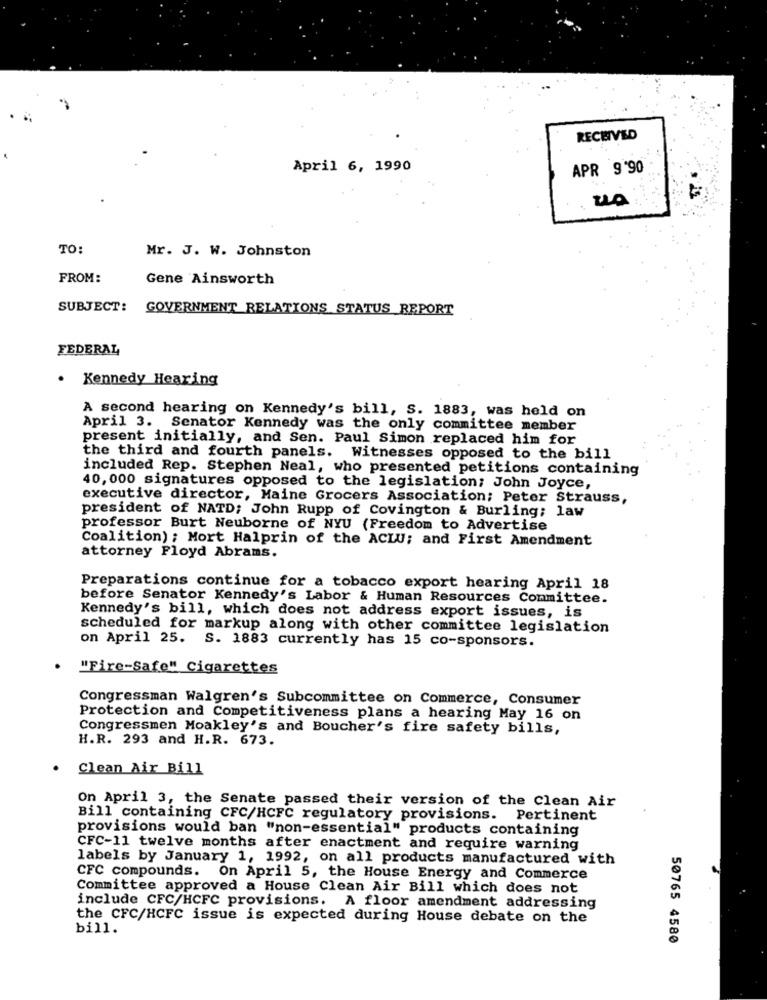
RECEIVED
April 6, 1990
APR 9'90
TO:
Mr. J. W. Johnston
FROM:
Gene Ainsworth
SUBJECT:
GOVERNMENT RELATIONS STATUS REPORT
FEDERAL
.
Kennedy Hearing
A second hearing on Kennedy's bill, S. 1883, was held on
April 3. Senator Kennedy was the only committee member
present initially, and Sen. Paul Simon replaced him for
the third and fourth panels. Witnesses opposed to the bill
included Rep. Stephen Neal, who presented petitions containing
40, 000 signatures opposed to the legislation; John Joyce,
executive director, Maine Grocers Association; Peter Strauss,
president of NATD; John Rupp of Covington & Burling; law
professor Burt Neuborne of NYU (Freedom to Advertise
Coalition) ; Mort Halprin of the ACLU; and First Amendment
attorney Floyd Abrams.
Preparations continue for a tobacco export hearing April 18
before Senator Kennedy's Labor & Human Resources Committee.
Kennedy's bill, which does not address export issues, is
scheduled for markup along with other committee legislation
on April 25. S. 1883 currently has 15 co-sponsors.
· "Fire-Safe" Cigarettes
Congressman Walgren's Subcommittee on Commerce, Consumer
Protection and Competitiveness plans a hearing May 16 on
Congressmen Moakley's and Boucher's fire safety bills,
H.R. 293 and H.R. 673.
Clean Air Bill
On April 3, the Senate passed their version of the Clean Air
Bill containing CFC/HCFC regulatory provisions. Pertinent
provisions would ban "non-essential" products containing
CFC-11 twelve months after enactment and require warning
labels by January 1, 1992, on all products manufactured with
CFC compounds. On April 5, the House Energy and Commerce
Committee approved a House Clean Air Bill which does not
include CFC/HCFC provisions. A floor amendment addressing
the CFC/HCFC issue is expected during House debate on the
bill.
50765 4580